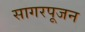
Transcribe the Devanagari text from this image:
सागरपूजन